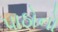
પાઠોનો